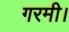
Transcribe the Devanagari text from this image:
गरमी।